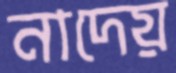
নাদেয়